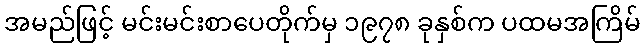
အမည်ဖြင့် မင်းမင်းစာပေတိုက်မှ ၁၉၇၈ ခုနှစ်က ပထမအကြိမ်